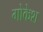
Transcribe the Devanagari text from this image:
गोकेश